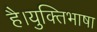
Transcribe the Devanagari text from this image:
है।युक्तिभाषा